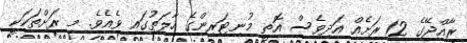
ރާއްޖޭގެ 12 ރަށެއް އަދިވެސް އޮތީ މުނިޓަރިންގެ ހާލަތުގައި ވެއެވެ. މި ރަށްތަކަކީ